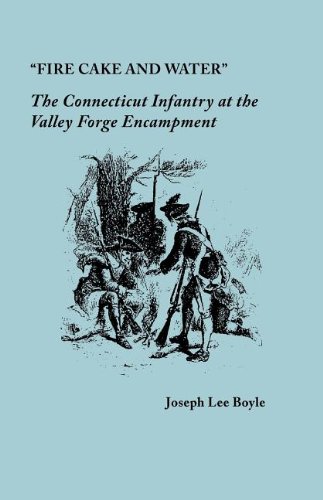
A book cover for "Fire Cake and Water": The Connecticut Infantry at the Valley Forge Encampment; Joseph Lee Boyle; History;